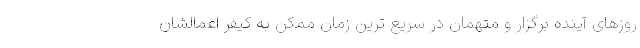
روزهای آینده برگزار و متهمان در سریع ترین زمان ممکن به کیفر اعمالشان